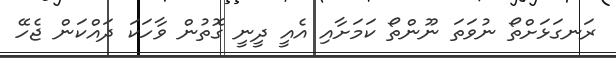
ރަނގަޅަށްތޯ ނުވަތަ ނޫންތޯ ކަމަށާއި އެއީ ދީނީ ގޮތުން ވާހަކަ ދައްކަން ޖެހޭ